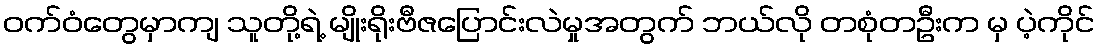
ဝက်ဝံတွေမှာကျ သူတို့ရဲ့ မျိုးရိုးဗီဇပြောင်းလဲမှုအတွက် ဘယ်လို တစုံတဦးက မှ ပဲ့ကိုင်